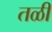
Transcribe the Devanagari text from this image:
तळीं